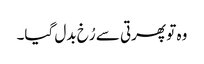
وہ تو پھرتی سے رُخ بدل گیا۔